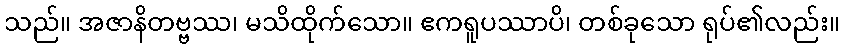
သည်။ အဇာနိတဗ္ဗဿ၊ မသိထိုက်သော။ ဧကရူပဿာပိ၊ တစ်ခုသော ရုပ်၏လည်း။